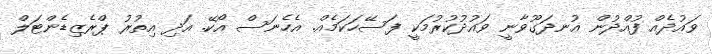
ވައުދެއް ފުއްދުން އުނދަގޫވާނީ ވައުދުކުރުމަކީ ފަސޭހަކަމެއް. އެހެނަސް އޯކޭ. އަދި އިތުރު ޕްރެޒިޑެންޓަލް